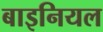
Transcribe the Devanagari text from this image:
बाइनियल